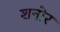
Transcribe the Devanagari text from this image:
शनोर